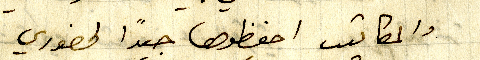
والمكاتيب احفظوها جيدًا لحضوري